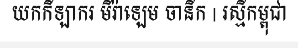
យកកីឡាករ មីរ៉ាឡេម ចានីក | រស្មីកម្ពុជា